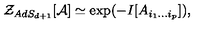
{ \cal Z } _ { A d S _ { d + 1 } } [ { \cal A } ] \simeq \exp ( - I [ A _ { i _ { 1 } \ldots i _ { p } } ] ) ,